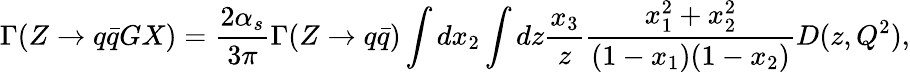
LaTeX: \Gamma(Z\rightarrow q\bar{q}GX)={\frac{2\alpha_{s}}{3\pi}}\Gamma(Z\rightarrow q\bar{q})\int dx_{2}\int dz{\frac{x_{3}}{z}}{\frac{x_{1}^{2}+x_{2}^{2}}{(1-x_{1})(1-x_{2})}}D(z,Q^{2}),